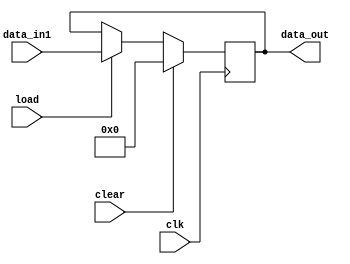
`timescale 1ns / 1ps
//////////////////////////////////////////////////////////////////////////////////
// Company: open-source
// 
// Design Name: 
// Module Name: PIPO
// Project Name: Systolic array
// Target Devices: SPARTAN-3
// Tool Versions: 2020.2
// Description: PIPO to store the multiplicand.
// 
// Dependencies: 
// 
// Revision:
// Revision 0.01 - File Created
// Additional Comments:
// 
//////////////////////////////////////////////////////////////////////////////////

//multiplicand unit
module PIPO(
    output reg [7:0] data_out,
    input wire [7:0] data_in1,
    input wire clk, 
    input wire load,
    input wire clear 
    );

    always @(posedge clk) begin
        if(clear) data_out<= 8'b000_0000;
        else if(load) data_out<= data_in1;
    end
endmodule //PIPO